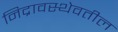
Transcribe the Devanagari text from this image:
निद्रावस्थेवतील